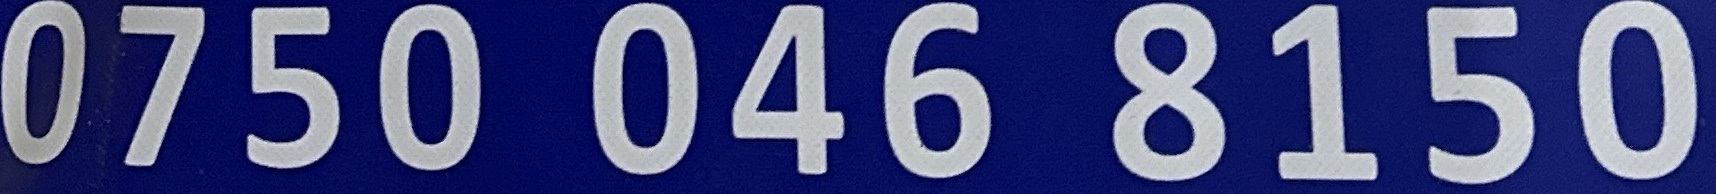
0750 046 8150